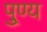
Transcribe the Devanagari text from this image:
पु्ण्य